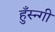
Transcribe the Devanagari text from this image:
हुँस्न्गी